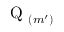
\mathrm { ~ Q ~ } _ { ( m ^ { \prime } ) }